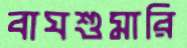
বাঘশুমারি